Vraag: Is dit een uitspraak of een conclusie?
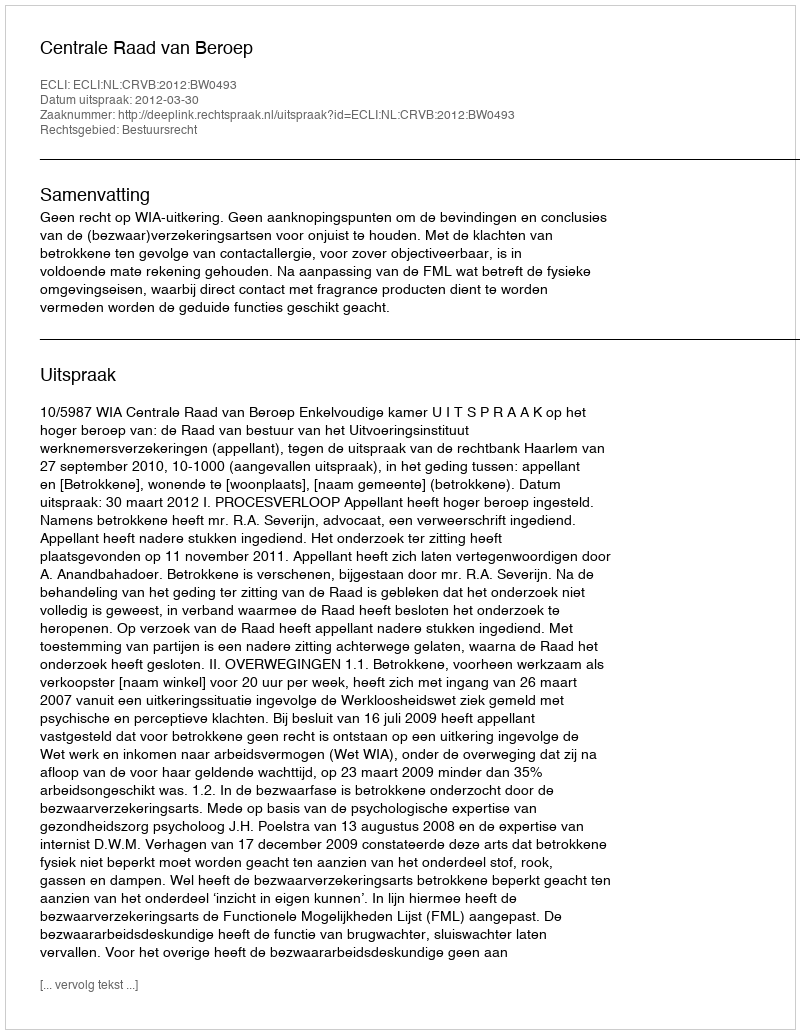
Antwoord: Uitspraak